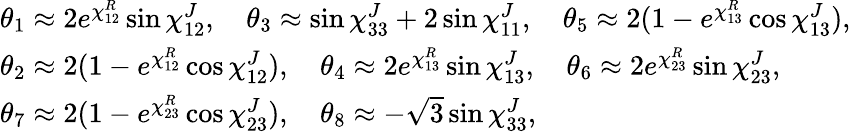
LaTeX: \begin{array}{ll}{{\theta_{1}\approx 2e^{\chi_{12}^{R}}\sin\chi_{12}^{J},\quad\theta_{3}\approx\sin\chi_{33}^{J}+2\sin\chi_{11}^{J},\quad\theta_{5}\approx 2(1-e^{\chi_{13}^{R}}\cos\chi_{13}^{J}),}}\\ {{\theta_{2}\approx 2(1-e^{\chi_{12}^{R}}\cos\chi_{12}^{J}),\quad\theta_{4}\approx 2e^{\chi_{13}^{R}}\sin\chi_{13}^{J},\quad\theta_{6}\approx 2e^{\chi_{23}^{R}}\sin\chi_{23}^{J},}}\\ {{\theta_{7}\approx 2(1-e^{\chi_{23}^{R}}\cos\chi_{23}^{J}),\quad\theta_{8}\approx-\sqrt{3}\sin\chi_{33}^{J},}}\end{array}